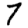
Digit: 7